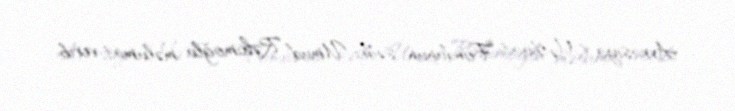
Avrasiya Mətbuat Fondunun sədri Umud Rəhimoğlu məlumat verib.